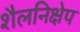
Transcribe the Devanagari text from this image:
शैलनिक्षेप